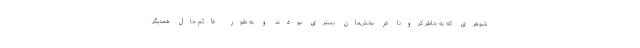
شوهری که به خاطر کرونا در بخش‌مان بستری بودند و به طور دائم حال همدیگر